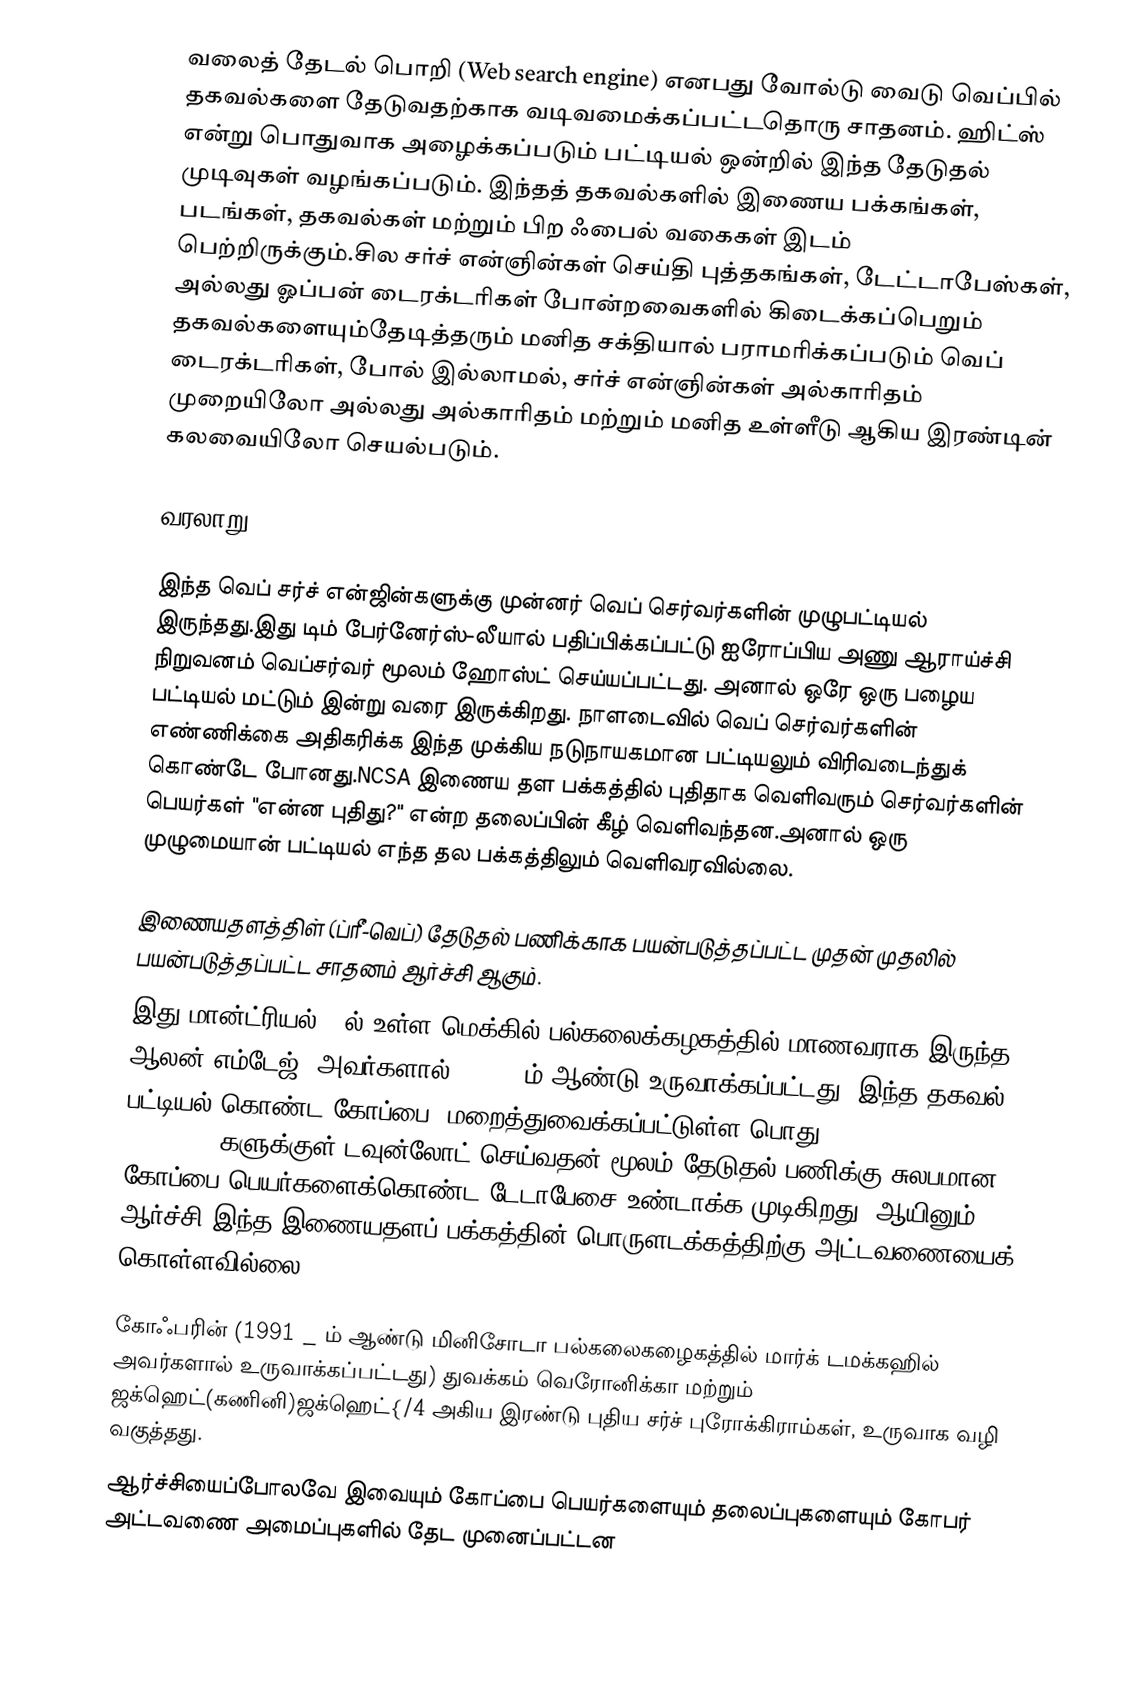
வலைத் தேடல் பொறி (Web search engine) எனபது வோல்டு வைடு வெப்பில் தகவல்களை தேடுவதற்காக வடிவமைக்கப்பட்டதொரு சாதனம். ஹிட்ஸ்  என்று பொதுவாக அழைக்கப்படும் பட்டியல் ஒன்றில் இந்த தேடுதல் முடிவுகள் வழங்கப்படும். இந்தத் தகவல்களில் இணைய பக்கங்கள், படங்கள், தகவல்கள் மற்றும் பிற ஃபைல் வகைகள் இடம் பெற்றிருக்கும்.சில சர்ச் என்ஞின்கள் செய்தி புத்தகங்கள், டேட்டாபேஸ்கள், அல்லது ஓப்பன் டைரக்டரிகள் போன்றவைகளில் கிடைக்கப்பெறும் தகவல்களையும்தேடித்தரும் மனித சக்தியால் பராமரிக்கப்படும் வெப் டைரக்டரிகள், போல் இல்லாமல், சர்ச் என்ஞின்கள் அல்காரிதம் முறையிலோ அல்லது அல்காரிதம் மற்றும் மனித உள்ளீடு ஆகிய இரண்டின் கலவையிலோ செயல்படும்.

வரலாறு

இந்த வெப் சர்ச் என்ஜின்களுக்கு முன்னர் வெப் செர்வர்களின் முழுபட்டியல் இருந்தது.இது டிம் பேர்னேர்ஸ்-லீயால் பதிப்பிக்கப்பட்டு ஐரோப்பிய அணு ஆராய்ச்சி நிறுவனம் வெப்சர்வர் மூலம் ஹோஸ்ட் செய்யப்பட்டது. அனால் ஒரே ஒரு பழைய பட்டியல் மட்டும் இன்று வரை இருக்கிறது. நாளடைவில் வெப் செர்வர்களின் எண்ணிக்கை அதிகரிக்க இந்த முக்கிய நடுநாயகமான பட்டியலும் விரிவடைந்துக் கொண்டே போனது.NCSA இணைய தள பக்கத்தில் புதிதாக வெளிவரும் செர்வர்களின் பெயர்கள் "என்ன புதிது?" என்ற தலைப்பின் கீழ் வெளிவந்தன.அனால் ஒரு முழுமையான் பட்டியல் எந்த தல பக்கத்திலும் வெளிவரவில்லை.

இணையதளத்திள் (ப்ரீ-வெப்) தேடுதல் பணிக்காக பயன்படுத்தப்பட்ட முதன் முதலில் பயன்படுத்தப்பட்ட சாதனம் ஆர்ச்சி ஆகும்.
 இது மான்ட்ரியல் - ல் உள்ள மெக்கில் பல்கலைக்கழகத்தில் மாணவராக இருந்த ஆலன் எம்டேஜ், அவர்களால் 1990 - ம் ஆண்டு உருவாக்கப்பட்டது. இந்த தகவல் பட்டியல் கொண்ட கோப்பை, மறைத்துவைக்கப்பட்டுள்ள பொது FTP (File Transfer Protocol) களுக்குள்  டவுன்லோட் செய்வதன் மூலம் தேடுதல் பணிக்கு சுலபமான  கோப்பை பெயர்களைக்கொண்ட டேடாபேசை உண்டாக்க முடிகிறது. ஆயினும் ஆர்ச்சி இந்த இணையதளப் பக்கத்தின் பொருளடக்கத்திற்கு அட்டவணையைக் கொள்ளவில்லை.

கோஃபரின் (1991 _ ம் ஆண்டு மினிசோடா பல்கலைகழைகத்தில் மார்க் டமக்கஹில் அவர்களால் உருவாக்கப்பட்டது) துவக்கம் வெரோனிக்கா மற்றும் ஜக்ஹெட்(கணினி)ஜக்ஹெட்{/4 அகிய இரண்டு புதிய சர்ச் புரோக்கிராம்கள், உருவாக வழி வகுத்தது.
ஆர்ச்சியைப்போலவே இவையும் கோப்பை பெயர்களையும் தலைப்புகளையும் கோபர் அட்டவணை அமைப்புகளில் தேட முனைப்பட்டன